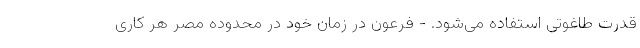
قدرت طاغوتی استفاده می‌شود. - فرعون در زمان خود در محدوده مصر هر کاری